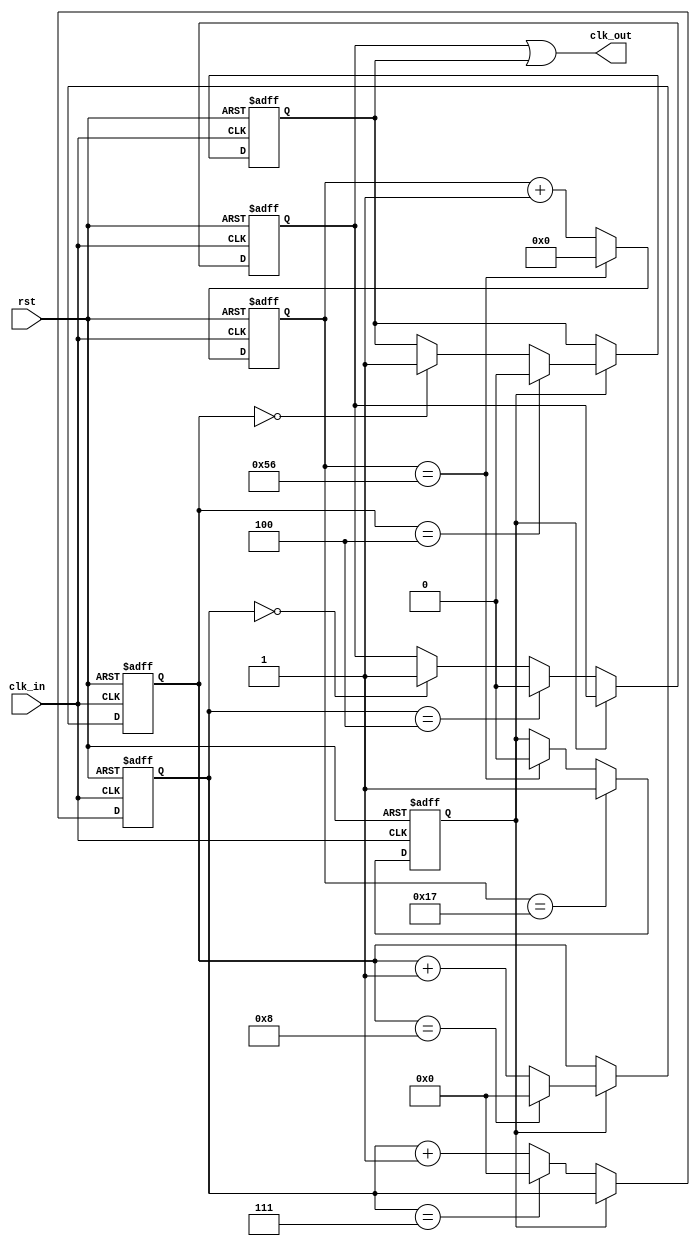
// ======================================================================
// Copyright (c) 2022-2023 All rights reserved
// ======================================================================
// Affiliation  : Tsinghua Univ & NeuraMatrix
// Revise Date  : 2023-01-16
// Description  : VL41 on nowcoder
// ======================================================================

module div_M_N (
  input  wire clk_in,
  input  wire rst,
  output wire clk_out
);
parameter M_N = 8'd87; 
parameter c89 = 8'd24;
parameter div_e = 5'd8;
parameter div_o = 5'd9;

reg [7:0] cnt;
reg [4:0] cnt_e;
reg [4:0] cnt_o;
reg       clk_div_e;
reg       clk_div_o;
reg       clk_sel;

assign clk_out = clk_div_e | clk_div_o;

always @(posedge clk_in or negedge rst) begin
  if (~rst) begin
    cnt <= 8'd0;
  end
  else begin
    if (cnt == M_N - 8'd1) begin
      cnt <= 8'd0;
    end
    else begin
      cnt <= cnt + 8'd1;
    end
  end
end

always @(posedge clk_in or negedge rst) begin
  if (~rst) begin
    clk_sel <= 1'b0;
  end
  else begin
    if (cnt == c89 - 8'd1) begin
      clk_sel <= 1'b1;
    end
    else if (cnt == M_N - 8'd1) begin
      clk_sel <= 1'b0;
    end
  end
end

always @(posedge clk_in or negedge rst) begin
  if (~rst) begin
    cnt_e <= 5'd0;
  end
  else if (~clk_sel) begin
    if (cnt_e == div_e - 5'd1) begin
      cnt_e <= 5'd0;
    end
    else begin
      cnt_e <= cnt_e + 5'd1;
    end
  end
end

always @(posedge clk_in or negedge rst) begin
  if (~rst) begin
    clk_div_e <= 1'b0;
  end
  else if (~clk_sel) begin
    if (cnt_e == (div_e >> 1)) begin
      clk_div_e <= 1'b0;
    end
    else if (cnt_e == 5'd0) begin
      clk_div_e <= 1'b1;
    end
  end
end

always @(posedge clk_in or negedge rst) begin
  if (~rst) begin
    cnt_o <= 5'd0;
  end
  else if (clk_sel) begin
    if (cnt_o == div_o - 5'd1) begin
      cnt_o <= 5'd0;
    end
    else begin
      cnt_o <= cnt_o + 5'd1;
    end
  end
end

always @(posedge clk_in or negedge rst) begin
  if (~rst) begin
    clk_div_o <= 1'b0;
  end
  else if (clk_sel) begin
    if (cnt_o == (div_o >> 1)) begin
      clk_div_o <= 1'b0;
    end
    else if (cnt_o == 5'd0) begin
      clk_div_o <= 1'b1;
    end
  end
end

endmodule